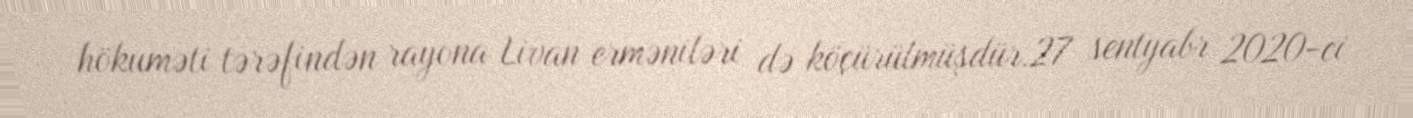
hökuməti tərəfindən rayona Livan erməniləri də köçürülmüşdür.27 sentyabr 2020-ci